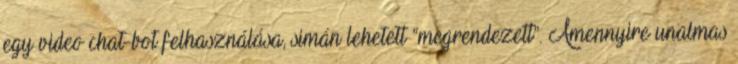
egy video chat-bot felhasználása, simán lehetett “megrendezett”. Amennyire unalmas